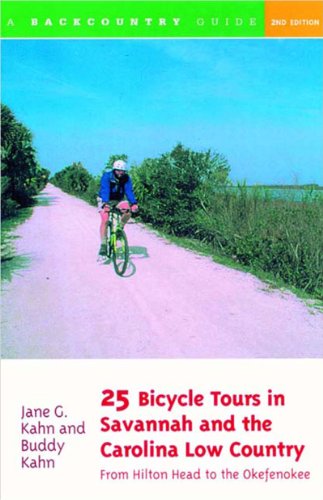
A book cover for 25 Bicycle Tours in Savannah and the Carolina Low Country: From Hilton Head to the Okefenokee, Second Edition; Buddy Kahn; Travel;